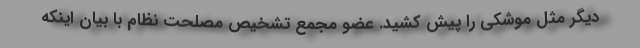
دیگر مثل موشکی را پیش کشید. عضو مجمع تشخیص مصلحت نظام با بیان اینکه